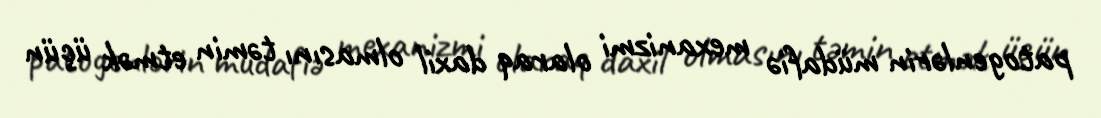
patogenlərin müdafiə mexanizmi olaraq daxil olmasını təmin etmək üçün